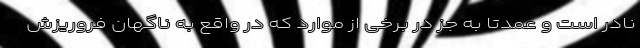
نادر است و عمدتا به جز در برخی از موارد که در واقع به ناگهان فروریزش